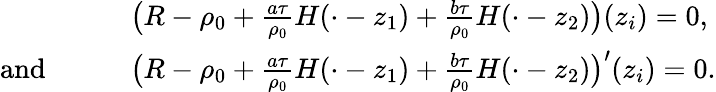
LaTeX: \begin{array}{rl}&{\big(R-\rho_{0}+\frac{a\tau}{\rho_{0}}H(\cdot-z_{1})+\frac{b\tau}{\rho_{0}}H(\cdot-z_{2})\big)(z_{i})=0,}\\ {\mathrm{and}\qquad}&{\big(R-\rho_{0}+\frac{a\tau}{\rho_{0}}H(\cdot-z_{1})+\frac{b\tau}{\rho_{0}}H(\cdot-z_{2})\big)^{\prime}(z_{i})=0.}\end{array}